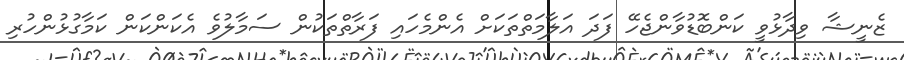
ޒެނީޝާ ވިދާޅުވީ ކަންބޮޑުވާންޖެހޭ ފަދަ އަލާމަތްތަކަށް އެންމެހައި ފަރާތްތަކުން ސަމާލުވެ އެކަންކަން ކަމާގުޅުންހުރި